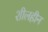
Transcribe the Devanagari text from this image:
शीलहीन